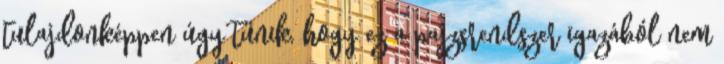
tulajdonképpen úgy tűnik, hogy ez a pajzsrendszer igazából nem